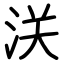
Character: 浂